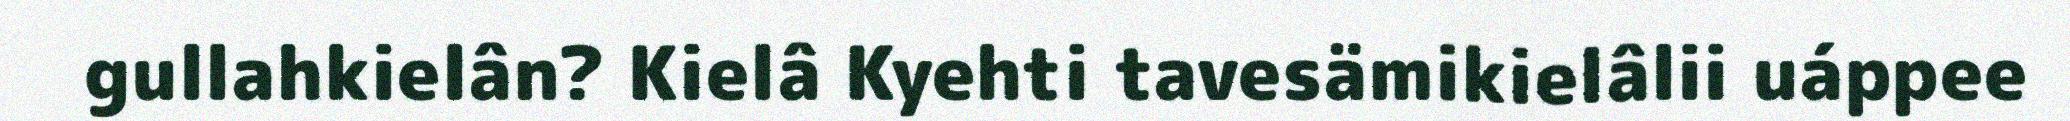
gullahkielân? Kielâ Kyehti tavesämikielâlii uáppee